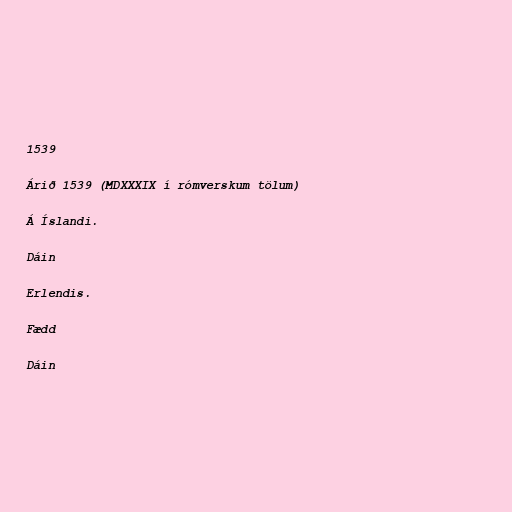
1539

Árið 1539 (MDXXXIX í rómverskum tölum)

Á Íslandi.

Dáin

Erlendis.

Fædd

Dáin